Annual report of lunatic asylums [Bombay] - 1912-1922
Year: 1912
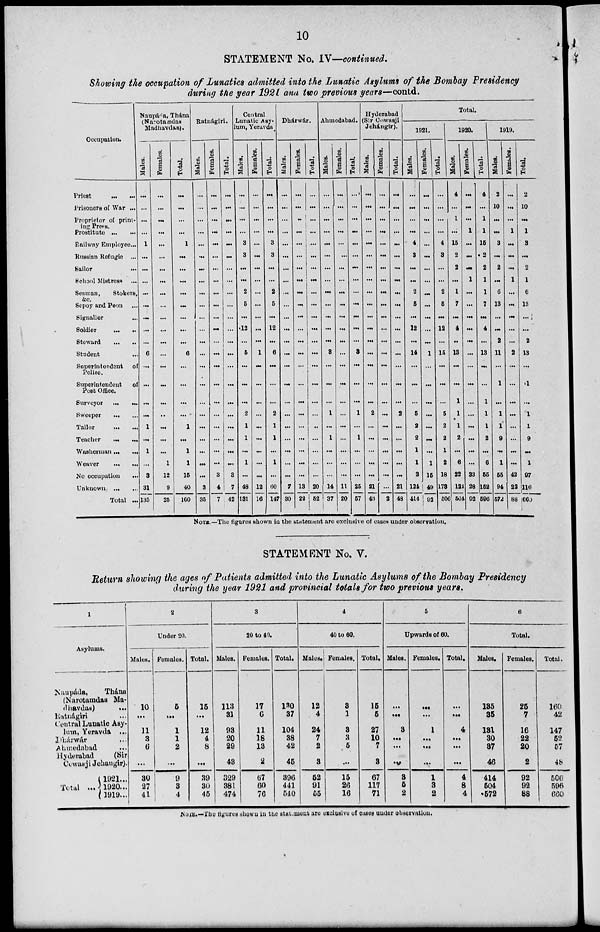
10
STATEMENT No. IV—continued.
Showing the occupation of Lunatics admitted into the Lunatic Asylums of the Bombay Presidency
during the year 1921 and two previous years—contd.
Occupation.
Priest
...
...
Prisoners of War ...
Proprietor of print-
ing Preps.
Prostitute ... ...
Railway Employee...
Russian Refugie ...
Sailor ... ...
School Mistress ...
Seaman,
Stokers,
&c.
Sepoy and Peon ...
Signaller ... ...
Soldier
...
...
Steward
...
...
Student ... ...
Superintendent of
Police
Superintendent of
Post Office.
Surveyor ... ...
Sweeper
...
...
Tailor
...
...
Teacher ... ...
Washerman ... ...
Weaver
...
...
No occupation
...
Unknown
...
...
Total ...
Naupána, Thána
(Narotamdas
Madhavdas).
Males.
...
...
...
...
1
...
...
...
...
...
...
...
...
6
...
...
...
...
1
...
1
...
3
31
135
Females.
...
...
...
...
...
...
...
...
...
...
...
...
...
...
...
...
...
...
...
...
...
1
12
9
25
Total.
...
...
...
...
1
...
...
...
...
...
...
...
...
6
...
...
...
...
1
...
1
1
15
40
160
Ratnágiri.
Males.
...
...
...
...
...
...
...
...
...
...
...
...
...
...
...
...
...
...
...
...
...
...
...
3
35
Females.
...
...
...
...
...
...
...
...
...
...
...
...
...
...
...
...
...
...
...
...
...
...
3
4
7
Total.
...
...
...
...
...
...
...
...
...
...
...
...
...
...
...
...
...
...
...
...
...
...
3
7
42
Central
Lunatic Asy-
lum, Yeravda
Males.
...
...
...
...
3
3
...
...
2
5
...
12
...
5
...
...
...
2
1
1
...
1
...
48
131
Females.
...
...
...
...
...
...
...
...
...
...
...
...
...
1
...
...
...
...
...
...
...
...
...
12
16
Total.
...
...
...
...
3
3
...
...
2
5
...
12
...
6
...
...
...
2
1
1
...
1
...
60
147
Dhárwár.
Males.
...
...
...
...
...
...
...
...
...
...
...
...
...
...
...
...
...
...
...
...
...
...
...
7
30
Females.
...
...
...
...
...
...
...
...
...
...
...
...
...
...
...
...
...
...
...
...
...
...
...
13
22
Total.
...
...
...
...
...
...
...
...
...
...
...
...
...
...
...
...
...
...
..
...
...
...
...
20
52
Ahmedabad.
Males.
...
...
...
...
...
...
...
...
...
...
...
...
...
3
...
...
...
1
...
1
...
...
...
14
37
Females.
...
...
...
...
...
...
...
...
...
...
...
...
...
...
...
...
...
...
...
...
...
...
...
11
20
Total
...
...
...
...
...
...
...
...
...
...
...
...
...
3
...
...
...
1
...
1
...
...
...
26
57
Hyderabad
(Sir Cowasji
Jehángir).
Males.
...
...
...
...
...
...
...
...
...
...
...
...
...
...
...
...
...
2
...
...
...
...
...
21
46
Females.
...
...
...
...
...
...
...
...
...
...
...
...
...
...
...
...
...
...
...
...
...
...
...
...
2
Total.
...
...
...
...
...
...
...
...
...
...
...
...
...
...
...
...
...
2
...
...
...
...
...
21
49
Total.
1921.
Males.
...
...
...
...
4
3
...
...
2
5
...
12
...
14
...
...
...
5
2
2
1
1
3
124
414
Females.
...
...
...
...
...
...
...
...
...
...
...
...
...
1
...
...
...
...
...
...
...
1
15
49
92
Total.
...
...
...
...
4
3
...
...
2
5
...
12
...
15
...
...
...
5
2
2
1
2
18
178
506
1020.
Hales.
4
...
1
...
15
2
2
...
1
7
...
4
..
13
...
...
1
1
1
2
...
6
22
124
504
Females.
...
...
...
1
...
...
...
1
...
...
...
...
...
...
...
...
...
...
...
...
...
...
33
28
92
Total.
4
...
1
1
16
2
2
1
1
7
...
4
...
13
...
...
1
1
1
2
...
6
55
162
596
1910.
Males.
2
10
...
...
3
...
2
...
6
13
...
...
2
11
...
1
...
1
1
9
...
1
65
94
572
Females.
...
...
...
1
...
...
...
1
...
...
...
...
...
2
...
...
...
...
...
...
...
...
42
22
88
Total.
2
10
...
1
3
...
2
1
6
13
...
...
2
13
...
1
...
1
1
9
...
1
97
116
669
NOTE.—The figures shown in the statement are exclusive of cases under observation.
STATEMENT No. V.
Return showing the ages of Patients admitted into the Lunatic Asylums of the Bombay Presidency
during the year 1921 and provincial totals for two previous years.
1
Asylums.
Naupáda,
Thána
(Nurotamdas Ma-
dhavdas)
...
Ratnágiri ...
Central Lunatic Asy-
lum, Yeravda
...
Dhárwár ...
Ahmedabad ...
Hyderabad
(Sir
Cowasji Jehangir).
Total ...
1921...
1920...
1919...
2
Under 20.
Males.
10
...
11
8
6
...
30
27
41
Females.
6
...
1
1
2
...
9
3
4
Total.
15
...
12
4
8
...
39
30
45
3
20 to 40.
Males.
113
31
93
20
29
43
329
381
474
Females.
17
6
11
18
13
2
67
60
76
Total.
130
37
104
38
42
45
396
441
540
4
40 to 60.
Males.
12
4
24
7
2
3
52
91
55
Females.
8
1
3
3
5
...
15
26
16
Total.
15
5
27
10
7
3
67
117
71
5
Upwards of 60.
Males.
...
...
8
...
...
...
8
5
2
Females.
...
...
1
...
...
...
1
3
2
Total.
...
...
4
...
...
...
4
8
4
6
Total.
Males.
185
85
181
30
87
46
414
504
572
Females.
25
7
16
22
20
2
92
92
88
Total.
160
42
147
52
57
48
506
596
660
NOTE.—The figures shown in the statement are exclusive of cases under observation.